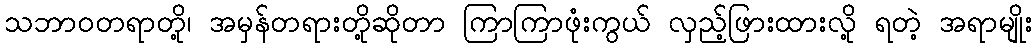
သဘာဝတရာတို့၊ အမှန်တရားတို့ဆိုတာ ကြာကြာဖုံးကွယ် လှည့်ဖြားထားလို့ ရတဲ့ အရာမျိုး